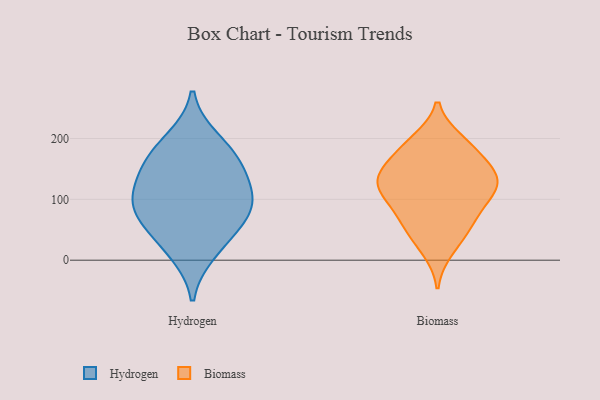
{"axis": {"x": "Net Income (USD K)", "y": "Value"}, "legend": ["Biomass", "Hydrogen"], "data": [{"x": "", "y": 45, "type": "Hydrogen"}, {"x": "", "y": 68, "type": "Hydrogen"}, {"x": "", "y": 153, "type": "Hydrogen"}, {"x": "", "y": 172, "type": "Hydrogen"}, {"x": "", "y": 101, "type": "Hydrogen"}, {"x": "", "y": 12, "type": "Hydrogen"}, {"x": "", "y": 141, "type": "Hydrogen"}, {"x": "", "y": 93, "type": "Hydrogen"}, {"x": "", "y": 95, "type": "Hydrogen"}, {"x": "", "y": 199, "type": "Hydrogen"}, {"x": "", "y": 186, "type": "Biomass"}, {"x": "", "y": 119, "type": "Biomass"}, {"x": "", "y": 17, "type": "Biomass"}, {"x": "", "y": 138, "type": "Biomass"}, {"x": "", "y": 79, "type": "Biomass"}, {"x": "", "y": 123, "type": "Biomass"}, {"x": "", "y": 60, "type": "Biomass"}, {"x": "", "y": 65, "type": "Biomass"}, {"x": "", "y": 161, "type": "Biomass"}, {"x": "", "y": 108, "type": "Biomass"}, {"x": "", "y": 137, "type": "Biomass"}, {"x": "", "y": 130, "type": "Biomass"}, {"x": "", "y": 150, "type": "Biomass"}, {"x": "", "y": 190, "type": "Biomass"}, {"x": "", "y": 196, "type": "Biomass"}, {"x": "", "y": 103, "type": "Biomass"}, {"x": "", "y": 40, "type": "Biomass"}]}